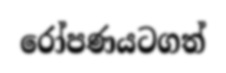
රෝපණයටගත්